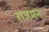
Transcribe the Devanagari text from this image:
राजमन